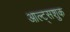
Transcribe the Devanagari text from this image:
आल्ट्सशुक